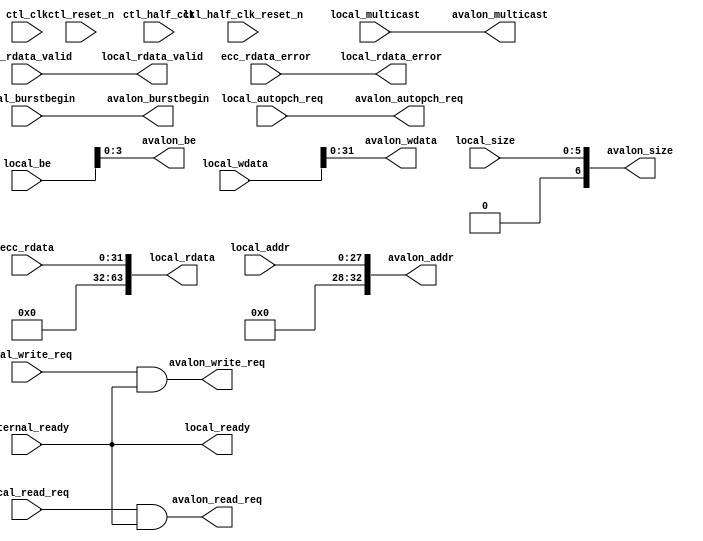
// (C) 2001-2011 Altera Corporation. All rights reserved.
// Your use of Altera Corporation's design tools, logic functions and other 
// software and tools, and its AMPP partner logic functions, and any output 
// files any of the foregoing (including device programming or simulation 
// files), and any associated documentation or information are expressly subject 
// to the terms and conditions of the Altera Program License Subscription 
// Agreement, Altera MegaCore Function License Agreement, or other applicable 
// license agreement, including, without limitation, that your use is for the 
// sole purpose of programming logic devices manufactured by Altera and sold by 
// Altera or its authorized distributors.  Please refer to the applicable 
// agreement for further details.




`timescale 1 ps / 1 ps
// altera message_off 10230
module ddr2_v10_1_0002_alt_ddrx_avalon_if 
    #(parameter     INTERNAL_SIZE_WIDTH    = 7,
                    LOCAL_SIZE_WIDTH       = 6,
                    CTL_HRB_ENABLED        = 0,
                    LOCAL_ADDR_WIDTH       = 28,
                    INTERNAL_ADDR_WIDTH    = 33,
                    DWIDTH_RATIO           = 2,
                    LOCAL_DATA_WIDTH       = 64,
                    INTERNAL_DATA_WIDTH    = 32,
					USE_BYTEENABLE         = 1
     )
     (
        ctl_clk, 								
        ctl_reset_n,
        ctl_half_clk ,
        ctl_half_clk_reset_n ,
        local_write_req, 
        local_wdata,     
        local_be,  
        local_addr,
        internal_ready,
        local_read_req,
        local_size,
        local_burstbegin,
        ecc_rdata,
        ecc_rdata_valid,
        ecc_rdata_error,
        local_multicast,
        local_autopch_req,

        avalon_wdata,
        avalon_be,
        avalon_addr,
        avalon_write_req,   
        avalon_read_req,
        avalon_size,
        avalon_burstbegin,
        local_ready,
        local_rdata,
        local_rdata_error,
        local_rdata_valid,
        avalon_multicast,
        avalon_autopch_req
    );
    localparam   LOCAL_BE_WIDTH         = LOCAL_DATA_WIDTH/8;
    localparam   INTERNAL_BE_WIDTH      = INTERNAL_DATA_WIDTH/8;
    localparam   AVM_ADDR_WIDTH         = LOCAL_ADDR_WIDTH + log2(LOCAL_BE_WIDTH);
    
    input                               ctl_clk;
    input                               ctl_reset_n;
    input                               ctl_half_clk;
    input                               ctl_half_clk_reset_n;
    input                               local_write_req;
    input  [LOCAL_DATA_WIDTH -1 : 0]    local_wdata;
    input  [LOCAL_BE_WIDTH -1 : 0]      local_be;
    input  [LOCAL_ADDR_WIDTH -1 : 0]    local_addr;
    input                               internal_ready;
    input                               local_read_req;
    input  [INTERNAL_DATA_WIDTH -1 : 0] ecc_rdata;
    input  [DWIDTH_RATIO/2-1:0]         ecc_rdata_valid;
    input                               ecc_rdata_error;
    input  [LOCAL_SIZE_WIDTH-1:0]       local_size;
    input                               local_burstbegin;
    input                               local_multicast;
    input                               local_autopch_req;

    output [INTERNAL_DATA_WIDTH -1 : 0] avalon_wdata;
    output [INTERNAL_BE_WIDTH -1 : 0]   avalon_be;
    output [INTERNAL_ADDR_WIDTH - 1 : 0]avalon_addr;
    output                              avalon_write_req;
    output                              avalon_read_req;
    output [INTERNAL_SIZE_WIDTH-1:0]    avalon_size;
    output                              avalon_burstbegin;
    output                              local_ready;
    output [LOCAL_DATA_WIDTH -1 : 0]    local_rdata;
    output                              local_rdata_valid;
    output                              local_rdata_error;
    output                              avalon_multicast;
    output                              avalon_autopch_req;
    
    generate if (CTL_HRB_ENABLED == 1) begin
        wire                                    avs_chipselect;
        wire   [LOCAL_DATA_WIDTH -1 : 0]        avs_readdata;
        wire   [LOCAL_DATA_WIDTH -1 : 0]        avs_writedata;
        wire                                    avs_waitrequest;
        wire                                    avm_write;
        wire                                    avm_read;
        wire   [AVM_ADDR_WIDTH - 1 : 0]         avm_address;
        reg    [LOCAL_ADDR_WIDTH -1 : 0]        avs_address;
        reg    [2:0]                            state;
        reg    [INTERNAL_SIZE_WIDTH-1 : 0]      burstcount;
        reg    [INTERNAL_SIZE_WIDTH-1:0]        internal_size;
        reg    [INTERNAL_SIZE_WIDTH-1:0]        internal_size_r;
        reg    [INTERNAL_SIZE_WIDTH-1:0]        avalon_avm_size;
        wire   [2:0]                            avalon_avm_count;
        reg    [2:0]                            avalon_avm_count_r;
        reg                                     avalon_avs_toggle;
        reg                                     avalon_avm_toggle;
        reg                                     avalon_avm_toggle_r;
        wire                                    avalon_avs_clk_ph;
        reg                                     internal_multicast;
        reg                                     internal_multicast_r;
        reg                                     internal_autopch;
        reg                                     internal_autopch_r;
        reg                                     avalon_avm_multicast;
        reg                                     avalon_avm_autopch;
        
        
        assign local_ready = !avs_waitrequest;
        assign avalon_write_req = avm_write & internal_ready;
        assign avalon_read_req = avm_read & internal_ready;
        assign avalon_addr = {avm_address[AVM_ADDR_WIDTH - 1 : log2(LOCAL_BE_WIDTH)],1'b0};
        assign avs_chipselect = local_read_req|local_write_req; 
        
        assign avalon_burstbegin = (burstcount == 0);
        assign avalon_size = avalon_avm_size;
        assign avalon_multicast = avalon_avm_multicast;
        assign avalon_autopch_req = avalon_avm_autopch;
        assign avalon_avs_clk_ph = avalon_avm_toggle ^ avalon_avm_toggle_r;
        
        always @(posedge ctl_half_clk or negedge ctl_reset_n)
          if (~ctl_reset_n)
            avalon_avs_toggle <= 1'b0;
          else
            avalon_avs_toggle <= ~avalon_avs_toggle;
        
        always @(posedge ctl_clk or negedge ctl_reset_n)
          if (~ctl_reset_n)
          begin
            avalon_avm_toggle <= 1'b0;
            avalon_avm_toggle_r <= 1'b0;
          end
          else
          begin
            avalon_avm_toggle <= avalon_avs_toggle;
            avalon_avm_toggle_r <= avalon_avm_toggle;
          end

        always @(avalon_avm_count_r,internal_size,internal_multicast,internal_autopch,internal_size_r,internal_multicast_r,internal_autopch_r) begin
           if(avalon_avm_count_r >=3) begin
               avalon_avm_size <= internal_size_r;
               avalon_avm_multicast <= internal_multicast_r;
               avalon_avm_autopch <= internal_autopch_r;
           end
           else begin
               avalon_avm_size <= internal_size;
               avalon_avm_multicast <= internal_multicast;
               avalon_avm_autopch <= internal_autopch;
           end
        end
        
        assign avalon_avm_count = avalon_avm_count_r + (((local_write_req | local_read_req) & local_ready & avalon_avs_clk_ph) ? 3'd2 : 3'd0)
                                       - (avalon_write_req ? 3'd1 : 3'd0)
                                       - (avalon_read_req ? 3'd2 : 3'd0);
                                     
          always @(posedge ctl_clk or negedge ctl_reset_n) begin
             if (!ctl_reset_n) begin
                 avalon_avm_count_r <= 0;
             end
             else begin
                 avalon_avm_count_r <= avalon_avm_count;
             end
          end
        
          always @(posedge ctl_half_clk or negedge ctl_reset_n) begin
             if (!ctl_reset_n) begin
                 internal_size <= 0;
                 internal_size_r <= 0;
                 internal_multicast <= 0;
                 internal_multicast_r <= 0;
                 internal_autopch <= 0;
                 internal_autopch_r <= 0;
             end
             else if((local_write_req | local_read_req) & local_ready) begin
                 internal_size <= {local_size,1'b0}; 
                 internal_size_r <= internal_size;
                 internal_multicast <= local_multicast;
                 internal_multicast_r <= internal_multicast;
                 internal_autopch <= local_autopch_req;
                 internal_autopch_r <= internal_autopch;
             end
          end
        
          always @(posedge ctl_clk or negedge ctl_reset_n) begin
                if (!ctl_reset_n) begin
                    burstcount <= 0;
                    state <= 3'd0;
                end
                else begin
                case (state)
                      3'd0: begin
                            if(avalon_write_req) begin
                                burstcount <= burstcount + 1;
                                state <= 3'd1;
                            end
                      end
                      
                      3'd1: begin
                            if(avalon_write_req) begin
                                if(burstcount == avalon_avm_size -1) begin
                                    burstcount <= 0;
                                    state <= 3'd0;
                                end
                                else begin
                                    burstcount <= burstcount + 1;
                                end
                            end
                      end
                endcase
                end
          end
        
        ddr2_v10_1_0002_altera_avalon_half_rate_bridge #(
            .AVM_DATA_WIDTH             (INTERNAL_DATA_WIDTH),
            .AVM_ADDR_WIDTH             (AVM_ADDR_WIDTH),
            .AVM_BYTE_WIDTH             (INTERNAL_BE_WIDTH),
            .AVS_DATA_WIDTH             (LOCAL_DATA_WIDTH),
            .AVS_ADDR_WIDTH             (LOCAL_ADDR_WIDTH),
            .AVS_BYTE_WIDTH             (LOCAL_BE_WIDTH),
			.USE_BYTEENABLE             (USE_BYTEENABLE)
        ) HRB_inst (  
            .avs_reset_n                (ctl_reset_n),
            .avm_reset_n                (ctl_half_clk_reset_n),

            .avs_clk                    (ctl_half_clk         ),
            .avs_chipselect             (avs_chipselect       ),
            .avs_address                (local_addr          ),
            .avs_write                  (local_write_req     ),
            .avs_read                   (local_read_req       ),
            .avs_byteenable             (local_be             ),
            .avs_writedata              (local_wdata        ),
            
            .avs_readdata               (local_rdata          ),
            .avs_waitrequest            (avs_waitrequest      ),
            .avs_readdatavalid          (local_rdata_valid    ),
            
            .avm_clk                    (ctl_clk              ),
            .avm_readdata               (ecc_rdata            ),
            .avm_waitrequest            (!internal_ready      ),
            .avm_readdatavalid          (ecc_rdata_valid[0]   ),
            
            .avm_burstcount             (),     
            .avm_address                (avm_address          ),
            .avm_write                  (avm_write      ),
            .avm_read                   (avm_read      ),
            .avm_byteenable             (avalon_be            ),
            .avm_writedata              (avalon_wdata        )
        );
    end
    
    else begin
        assign avalon_write_req = local_write_req & internal_ready;
        assign avalon_wdata = local_wdata;
        assign avalon_be = local_be;
        assign avalon_read_req = local_read_req & internal_ready;
        assign local_rdata = ecc_rdata;
        assign local_rdata_valid = ecc_rdata_valid[0];
        assign local_rdata_error = ecc_rdata_error;
        assign avalon_addr = local_addr;
        assign avalon_size = local_size;
        assign avalon_burstbegin = local_burstbegin;
        assign local_ready = internal_ready;
        assign avalon_multicast = local_multicast;
        assign avalon_autopch_req = local_autopch_req;
    end
    endgenerate
    
    function integer log2;  
           input integer value;
           begin
               for (log2=0; value>0; log2=log2+1)
                   value = value>>1;
               log2 = log2 - 1;
           end
    endfunction
endmodule